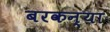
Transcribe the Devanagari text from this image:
बरकन्या